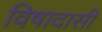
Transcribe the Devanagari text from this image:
विषादासी